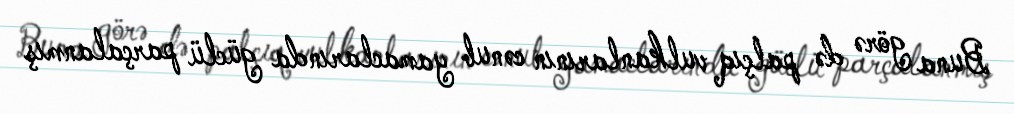
Buna görə də palçıq vulkanlarının cənub yamaclarında güclü parçalanmış